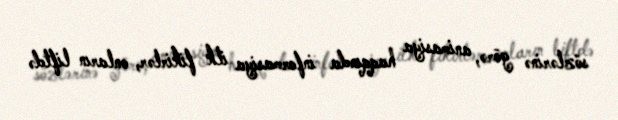
sözlərinə görə, animasiya haqqında informasiya ilk fikirlər, onların liftdə